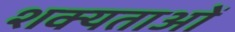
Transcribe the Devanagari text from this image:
शक्यताओं